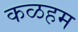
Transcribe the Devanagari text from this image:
कळहम